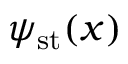
\psi _ { \mathrm { s t } } ( \boldsymbol { x } )